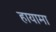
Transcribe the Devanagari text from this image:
हायामा